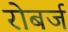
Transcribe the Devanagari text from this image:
रोबर्ज